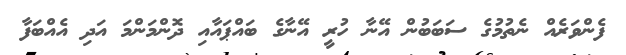
ފެންވަރެއް ނެތުމުގެ ސަބަބުން އޭނާ ހުރީ އޭނާގެ ބައްޕައާއި ދޮންމަންމަ އަދި އެއްބަފާ